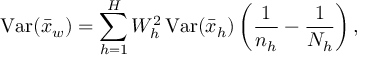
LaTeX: \operatorname { V a r } ( { \bar { x } } _ { w } ) = \sum _ { h = 1 } ^ { H } W _ { h } ^ { 2 } \operatorname { V a r } ( { \bar { x } } _ { h } ) \left( { \frac { 1 } { n _ { h } } } - { \frac { 1 } { N _ { h } } } \right) ,